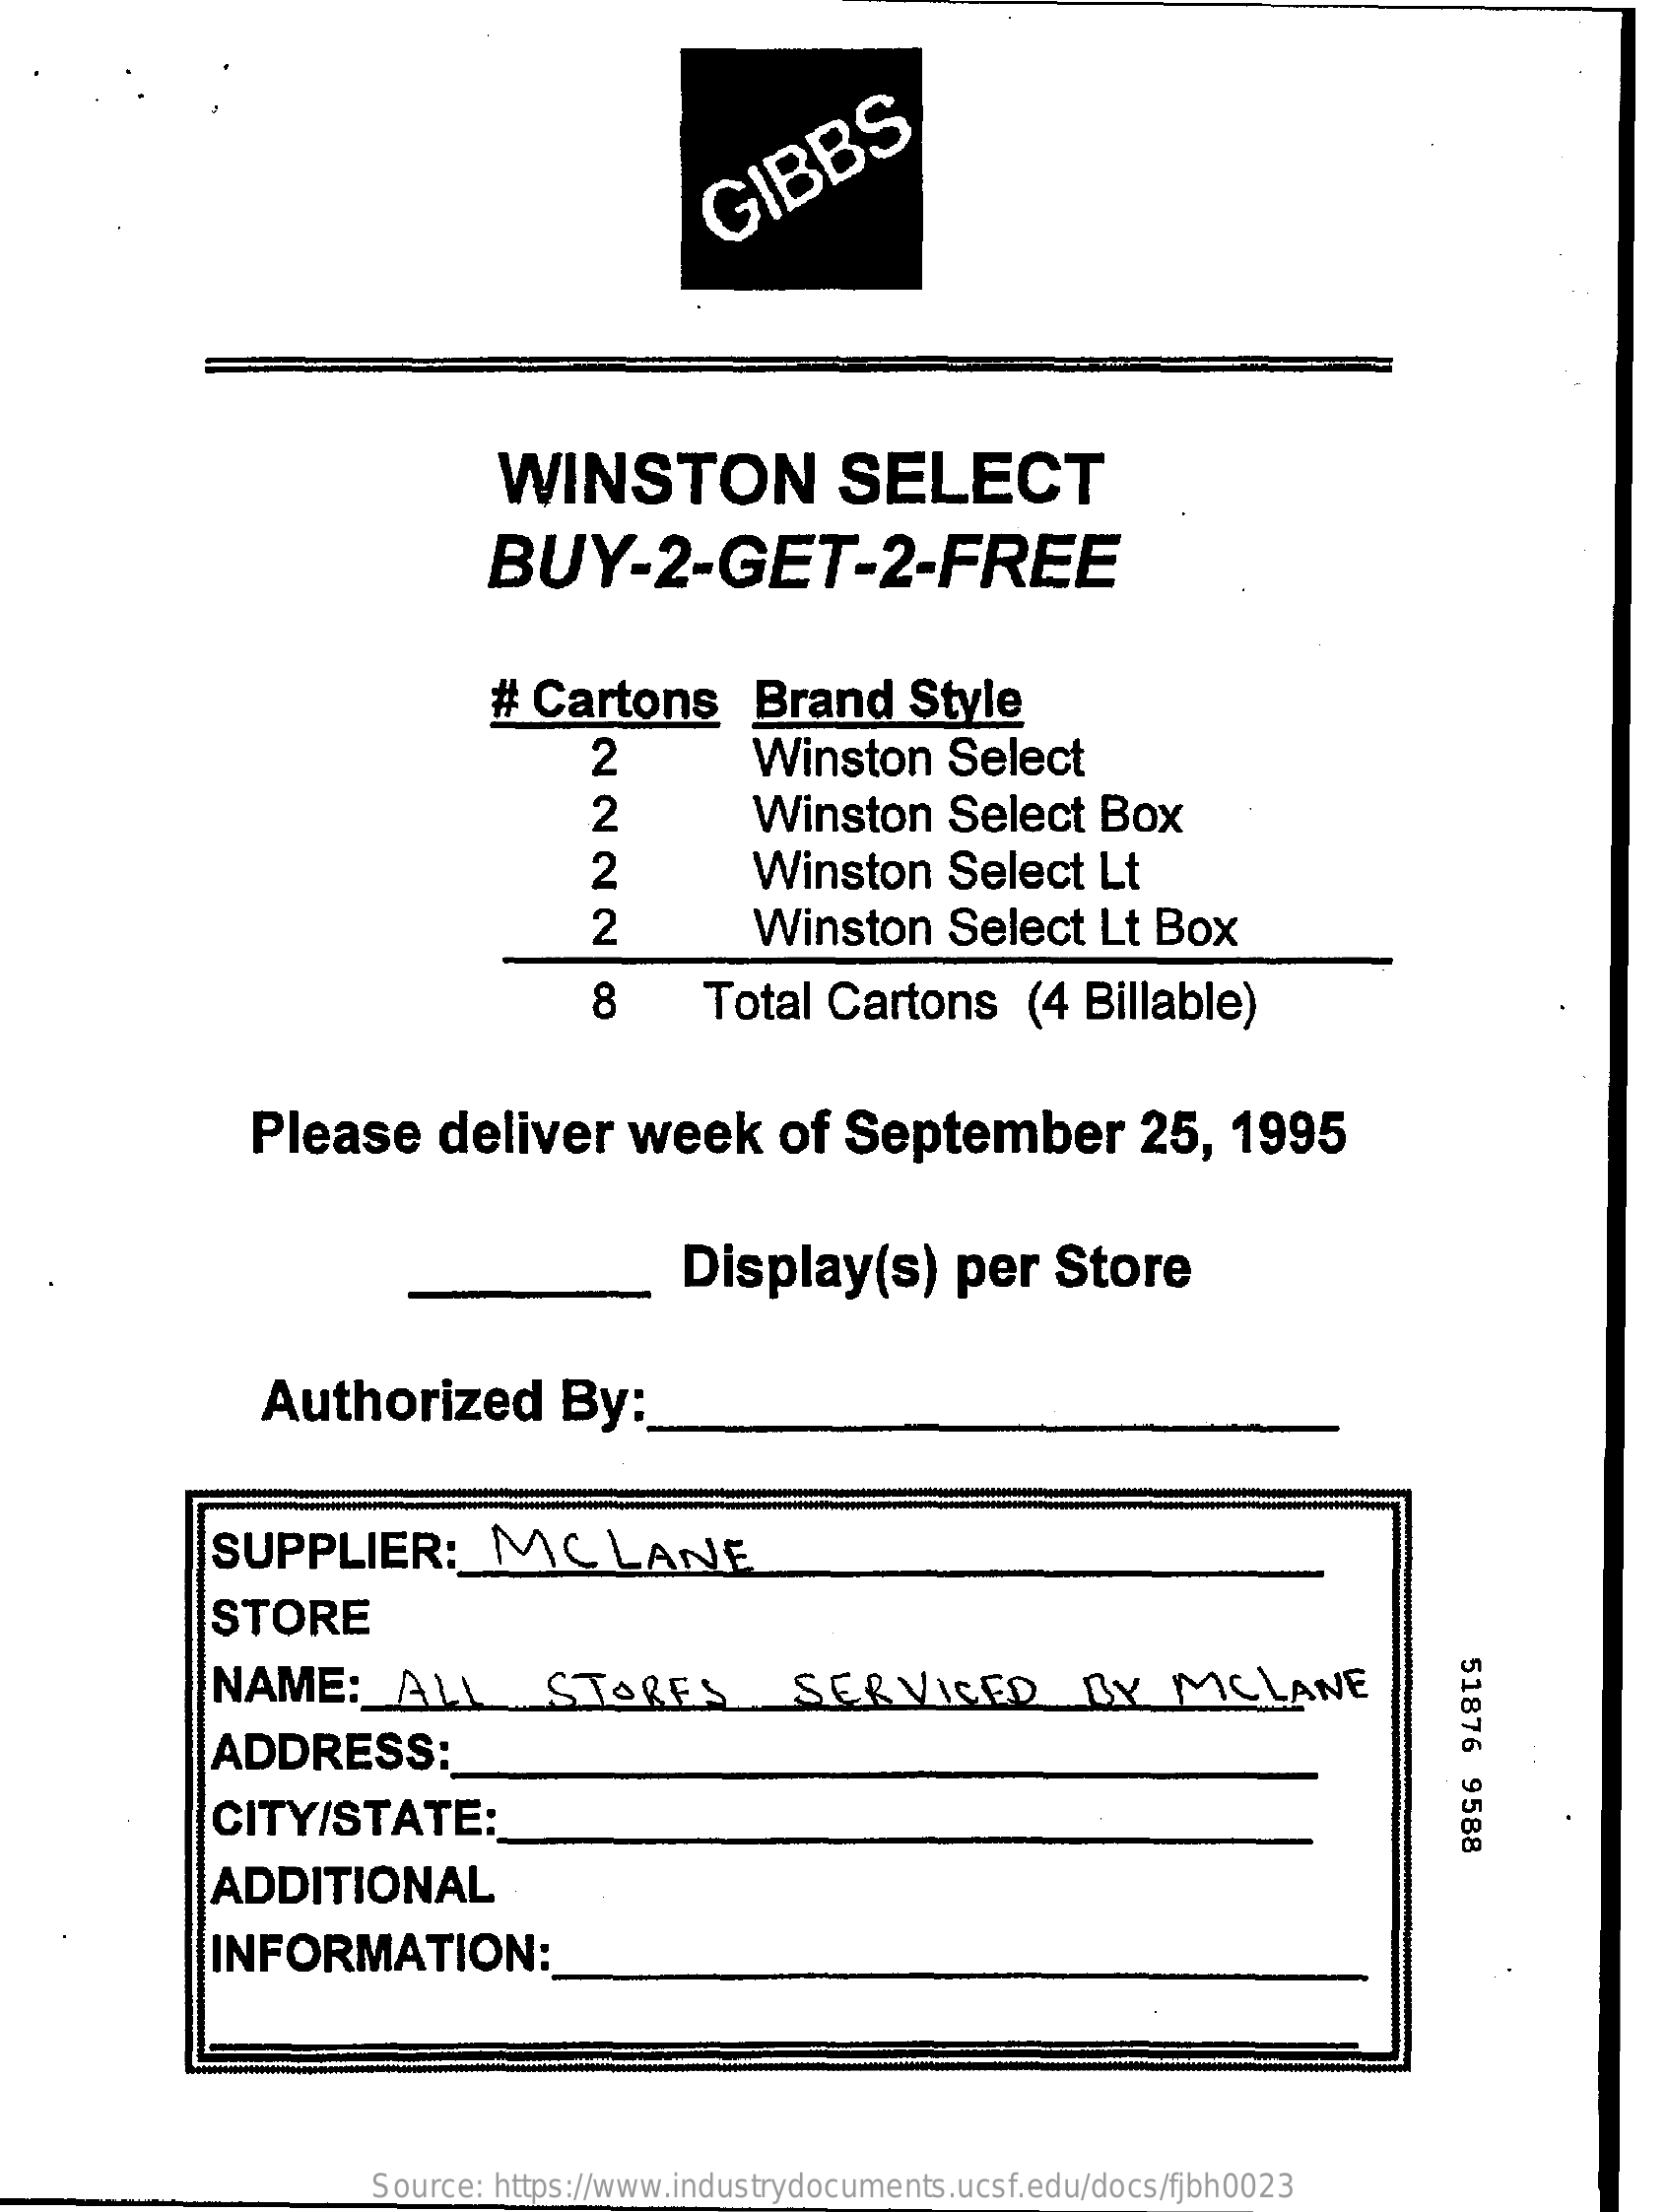
GIBBS
     WINSTON    SELECT
     BUY-2-GET-2-FREE
     # Cartons    Brand    Style
     2    Winston    Select
     2    Winston    Select   Box
     2    Winston    Select   Lt
     2    Winston    Select   Lt  Box
     8    Total   Cartons    (4  Billable)
     Please    deliver    week    of  September    25,   1995
     Display(s)    per    Store
     Authorized    By:
     SUPPLIER:    MC    LANE
     STORE
     51876
     9588
     NAME:    ALL    STORES    SERVICED    BY    MCLANE
     ADDRESS:
     CITY/STATE:
     ADDITIONAL
     INFORMATION:
     Source: https://www.industrydocuments.ucsf.edu/docs/fjbh0023